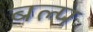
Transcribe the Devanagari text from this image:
बल्प